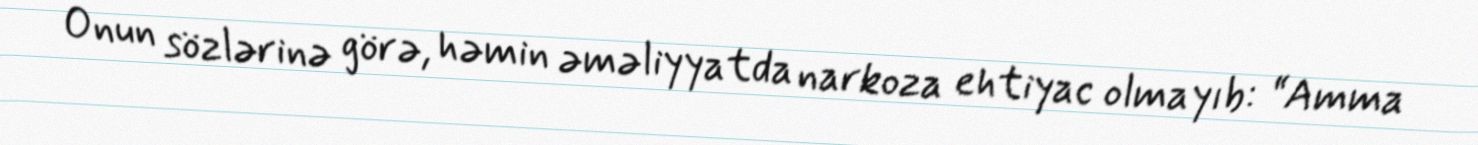
Onun sözlərinə görə, həmin əməliyyatda narkoza ehtiyac olmayıb: “Amma